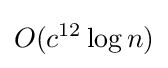
O(c^{12}\log {n})